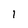
Character: l